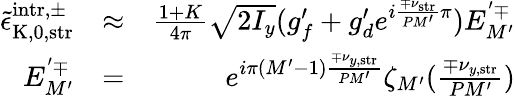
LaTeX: \begin{array}{rlr}{\tilde{\epsilon}_{\mathrm{K,0,str}}^{\mathrm{intr},\pm}}&{\approx}&{\frac{1+K}{4\pi}\sqrt{2I_{y}}(g_{f}^{\prime}+g_{d}^{\prime}e^{i\frac{\mp\nu_{\mathrm{str}}}{PM^{\prime}}\pi})E_{M^{\prime}}^{'\mp}}\\ {E_{M^{\prime}}^{'\mp}}&{=}&{e^{i\pi(M^{\prime}-1)\frac{\mp\nu_{y,\mathrm{str}}}{PM^{\prime}}}\zeta_{M^{\prime}}(\frac{\mp\nu_{y,\mathrm{str}}}{PM^{\prime}})}\end{array}